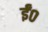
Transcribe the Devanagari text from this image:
ईं०